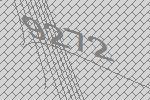
9272